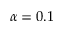
\alpha = 0 . 1